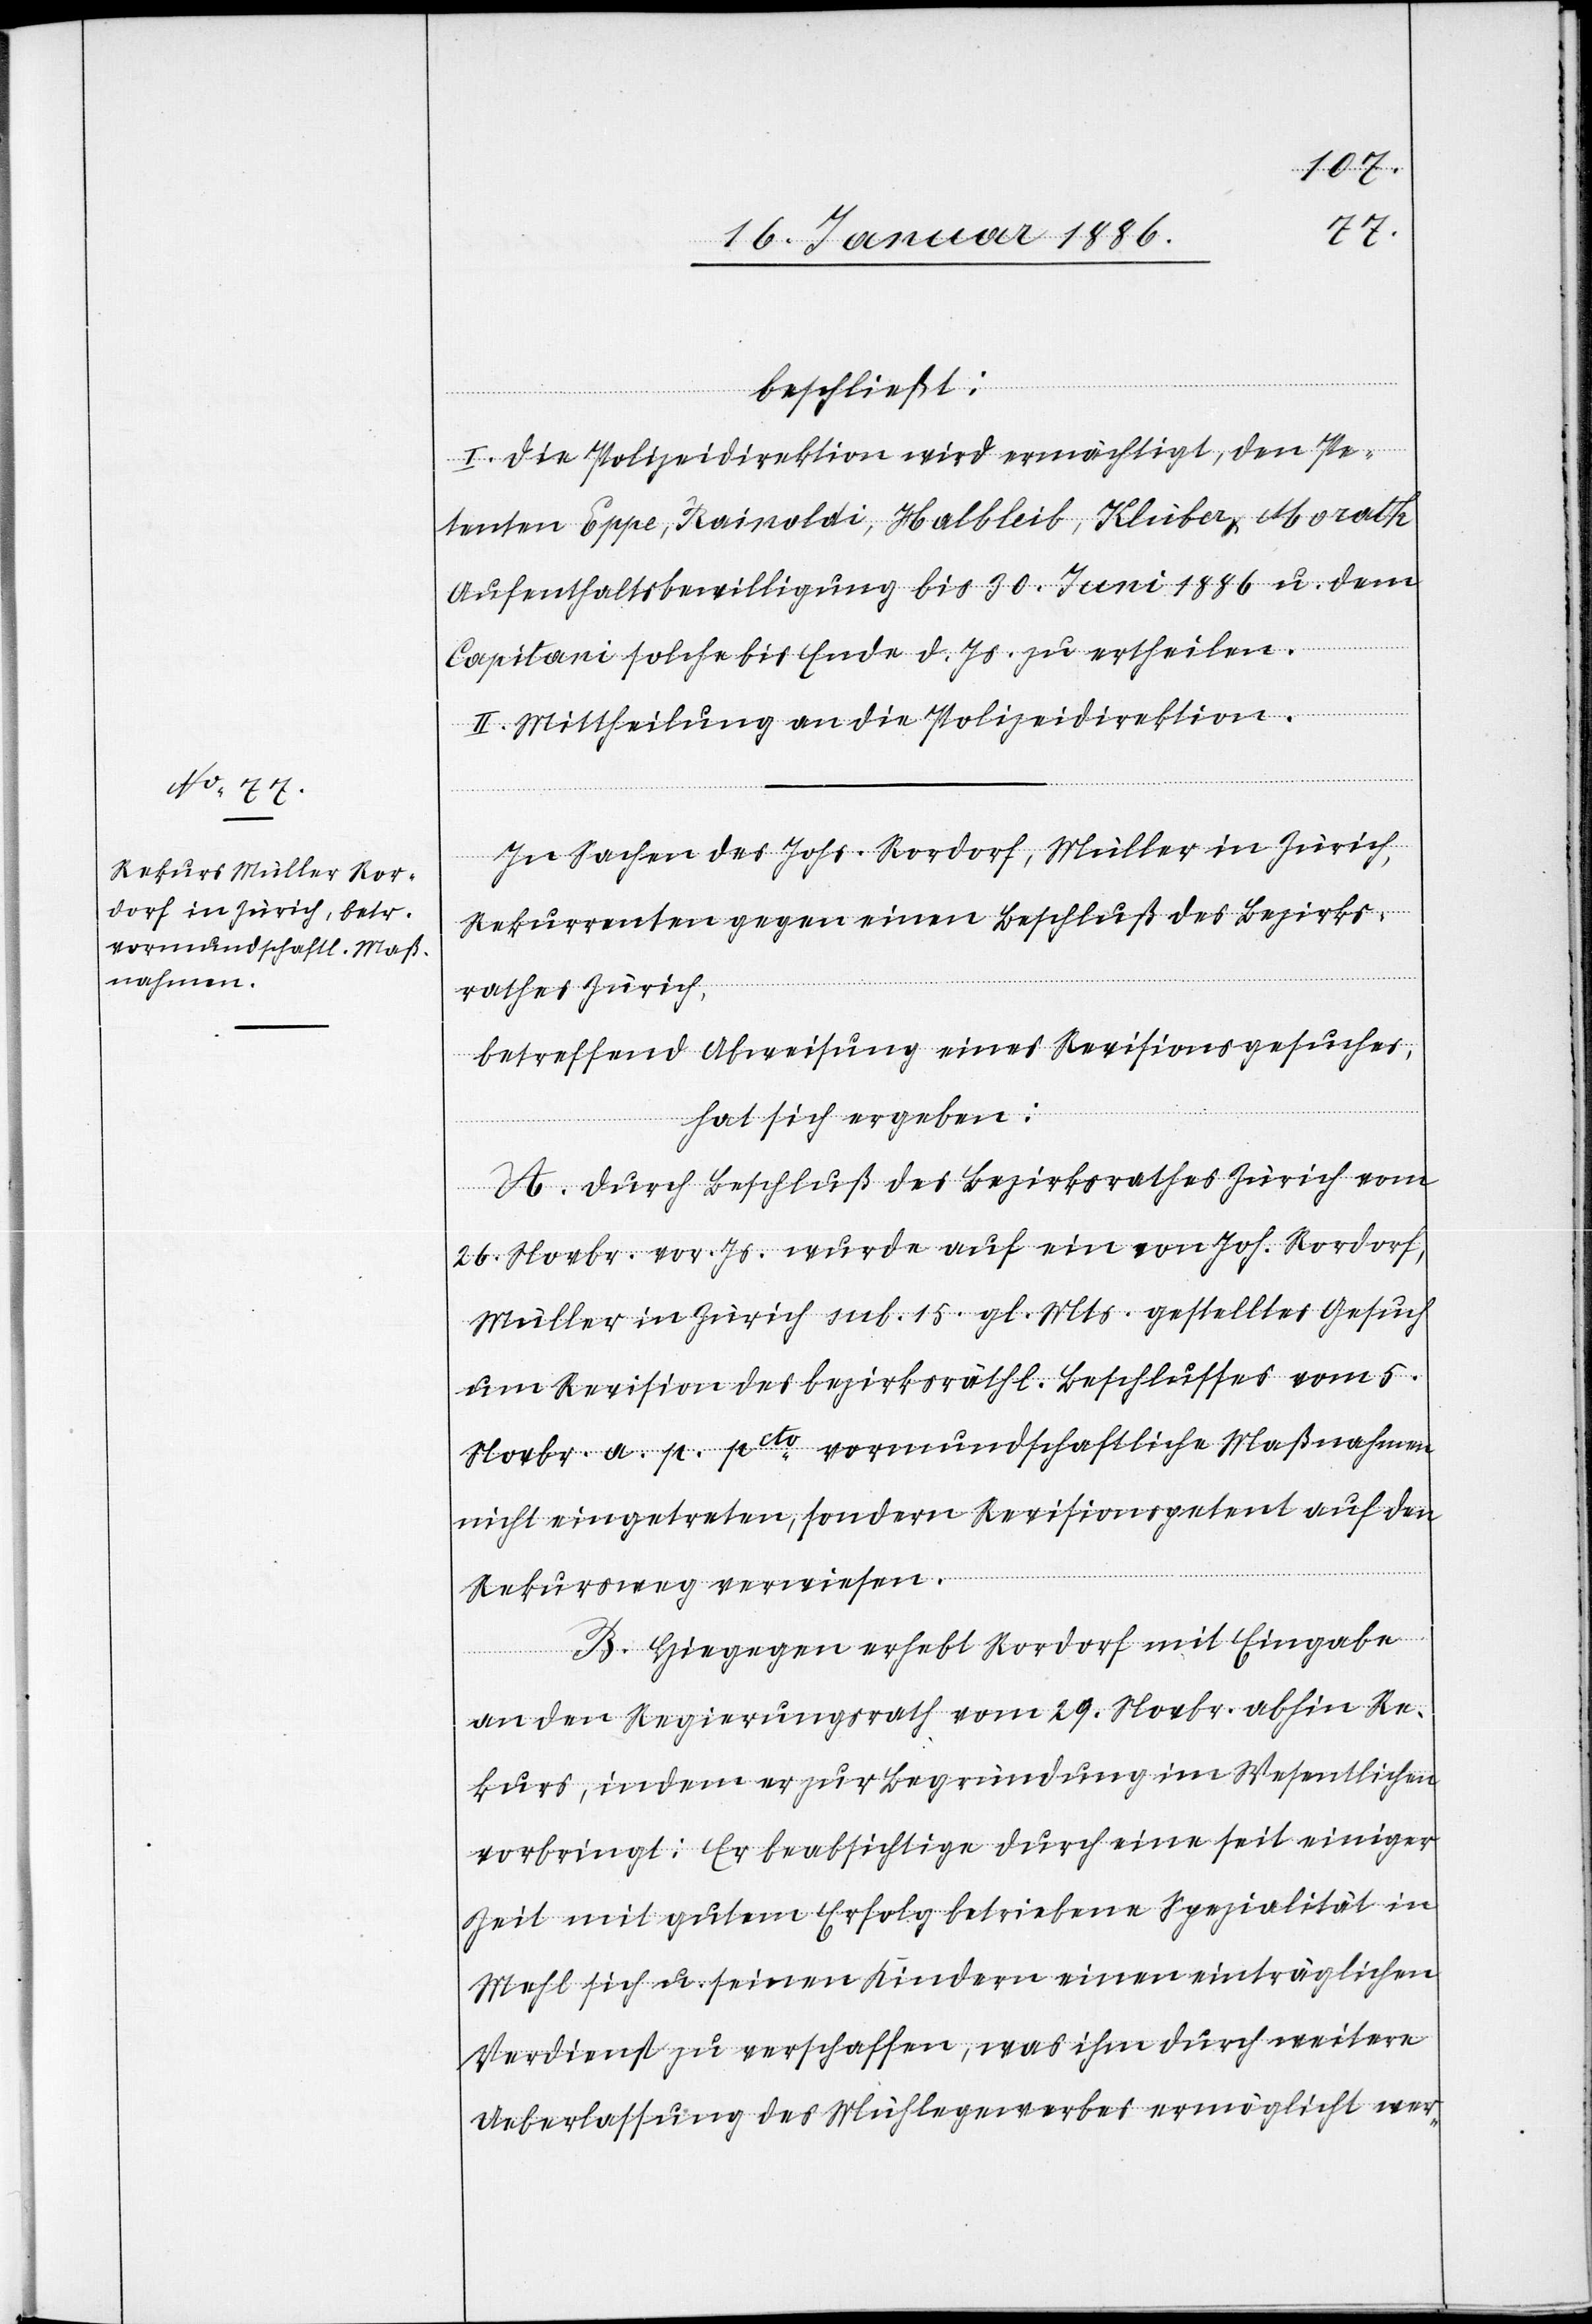
beschließt:
I. Die Polizeidirektion wird ermächtigt, den Pe¬
tenten Eppe [sic!], Rainoldi, Halbleib, Klüber, Morath
Aufenthaltsbewilligung bis 30. Juni 1886 u. dem
Capitani solche bis Ende d. Js. zu ertheilen.
II. Mittheilung an die Polizeidirektion.
In Sachen des Johs. Rordorf, Müller in Zürich,
Rekurrenten gegen einen Beschluß des Bezirks¬
rathes Zürich,
betreffend Abweisung eines Revisionsgesuches,
hat sich ergeben:
A. Durch Beschluß des Bezirksrathes Zürich vom
16. Novbr. vor. Js. wurde auf ein von Johs. Rordorf,
Müller in Zürich sub. 15 gl. Mts. gestelltes Gesuch
um Revision des bezirksräthl. Beschlusses vom 5.
Novbr. a. p. pcto vormundschaftliche Maßnahmen
nicht eingetreten, sondern Revisionspetent auf den
Rekursweg verwiesen.
B. Hiegegen erhebt Rordorf mit Eingab
an den Regierungsrath vom 29. Novbr. abhin Re¬
kurs, indem er zur Begründung im Wesentlichen
vorbringt: Er beabsichtige durch eine seit einiger
Zeit mit gutem Erfolg betriebene Spezialität in
Mehl sich u. seinen Kindern einen einträglichen
Verdienst zu erschaffen, was ihm durch weiter
Ueberlassung des Mühlegewerbes ermöglicht wer-